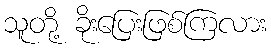
သူတို့ ခိုးပြေးဖြစ်ကြလား